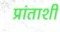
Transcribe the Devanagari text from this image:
प्रांताशी